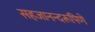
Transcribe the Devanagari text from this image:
सहजानन्दरूपिणे